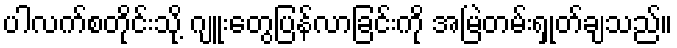
ပါလက်စတိုင်းသို့ ဂျူးတွေပြန်လာခြင်းကို အမြဲတမ်းရှုတ်ချသည်။